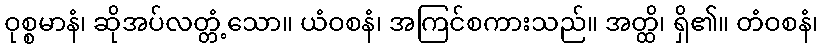
ဝုစ္စမာနံ၊ ဆိုအပ်လတ္တံ့သော။ ယံဝစနံ၊ အကြင်စကားသည်။ အတ္ထိ၊ ရှိ၏။ တံဝစနံ၊